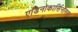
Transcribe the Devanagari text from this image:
एडिनोकार्सिनोमस